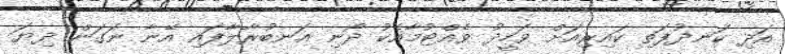
އަދި ކަނދުފަތި ކައިރިއަށް ވަހީދު ވެއްޓުމާއެކު ދޯނި އަނބުރާލާފައި އޭނާ ނަގަން ދިޔަ